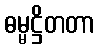
ဓမ္မဋ္ဌိတတာ